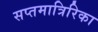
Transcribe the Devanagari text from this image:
सप्तमात्रिरिका